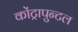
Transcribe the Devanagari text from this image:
कोंट्रापुन्टल